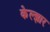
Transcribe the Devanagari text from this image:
केल्झार